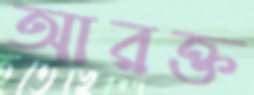
আরক্ত